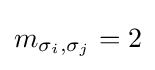
m_{\sigma _{i},\sigma _{j}}=2